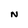
Character: N